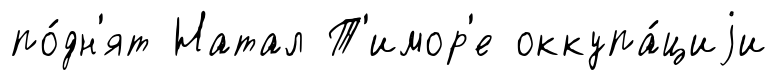
по́дн'ят Натал Т'имор'е оккупа́циjи